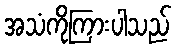
အသံကိုကြားပါသည်